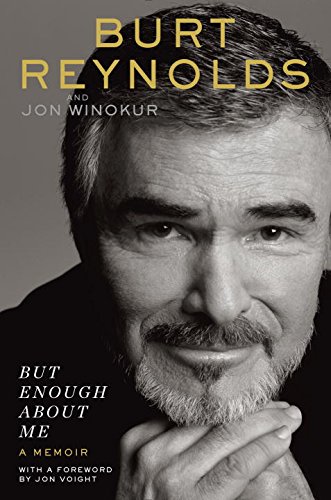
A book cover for But Enough About Me: A Memoir; Burt Reynolds; Humor & Entertainment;